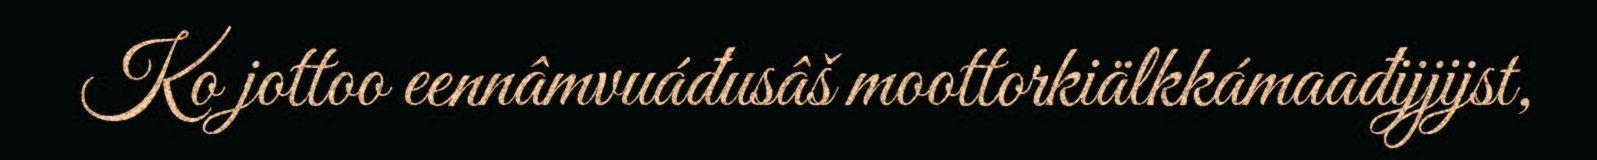
Ko jottoo eennâmvuáđusâš moottorkiälkkámaađijjijst,